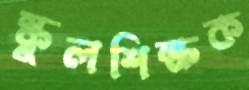
স্কুলশিক্ষক